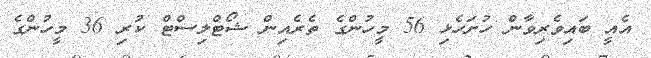
އެއީ ބައިވެރިވާން ހުށަހެޅި 56 މީހުންގެ ތެރެއިން ޝޯޓްލިސްޓް ކުރި 36 މީހުންގެ